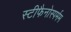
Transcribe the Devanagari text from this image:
स्टीफैनोस्पर्मम